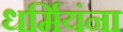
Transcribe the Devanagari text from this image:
धर्मियंना